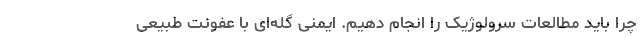
چرا باید مطالعات سرولوژیک را انجام دهیم. ایمنی گله‌ای با عفونت طبیعی